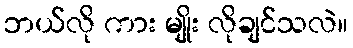
ဘယ်လို ကား မျိုး လိုချင်သလဲ။